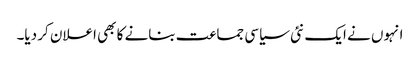
انہوں نے ایک نئی سیاسی جماعت بنانے کا بھی اعلان کر دیا۔